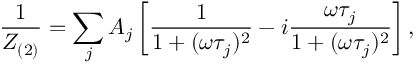
\frac { 1 } { Z _ { ( 2 ) } } = \sum _ { j } A _ { j } \left[ \frac { 1 } { 1 + ( \omega \tau _ { j } ) ^ { 2 } } - i \frac { \omega \tau _ { j } } { 1 + ( \omega \tau _ { j } ) ^ { 2 } } \right] ,